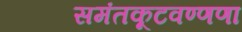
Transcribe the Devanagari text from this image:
समंतकूटवण्णणा